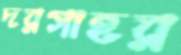
দরগাহর